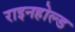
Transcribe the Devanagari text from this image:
राइनहोल्ड